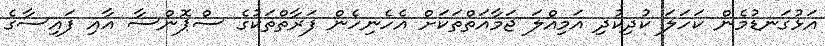
އަޅުގަނޑުމެން ކަހަލަ ކުދިކުދި އަމިއްލަ ޖަމާއަތްތަކަށް އެހެނިހެން ފަރާތްތަކުގެ ސްޕޮންސާ އާއި ފައިސާގެ